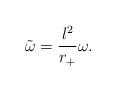
LaTeX: \begin{align*}{\tilde{\omega}}=\displaystyle\frac{l^{2}}{r_{+}}\omega . \end{align*}